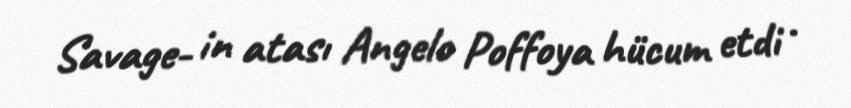
Savage- in atası Angelo Poffoya hücum etdi .